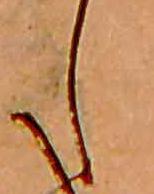
し